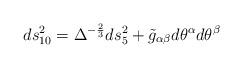
LaTeX: \begin{align*}ds_{10}^2 = \Delta^{-\frac{2}{3}} ds_5^2+\tilde{g}_{\alpha\beta} d\theta^\alpha d\theta^\beta\end{align*}